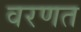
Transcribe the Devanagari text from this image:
वरणत